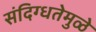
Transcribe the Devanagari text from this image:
संदिग्धतेमुळे